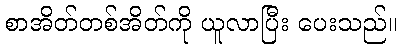
စာအိတ်တစ်အိတ်ကို ယူလာပြီး ပေးသည်။